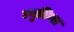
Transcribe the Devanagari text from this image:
ल्युटिन्स